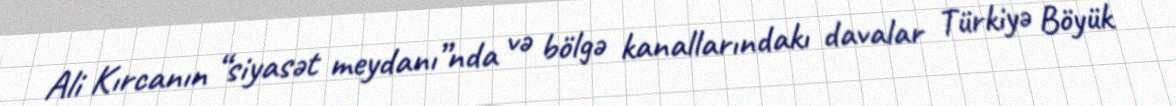
Ali Kırcanın “siyasət meydanı”nda və bölgə kanallarındakı davalar Türkiyə Böyük